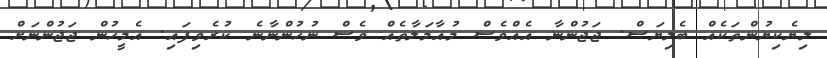
ލިޔެކިޔުންތަކެއް ބެލިޔަސް. ޖަޖުންނާ އެއްވެސް މުއާމަލާތެއް ވެސް ނުހުންނާނެ ކުރެވިފައި. އެމީހުން ޖަޖުންނަށް